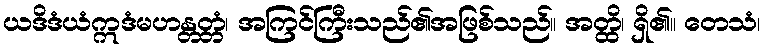
ယဒိဒံယံဣဒံမဟန္တတ္တံ၊ အကြင်ကြီးသည်၏အဖြစ်သည်။ အတ္ထိ၊ ရှိ၏။ တေသံ၊